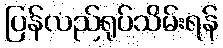
ပြန်လည်ရုပ်သိမ်းရန်